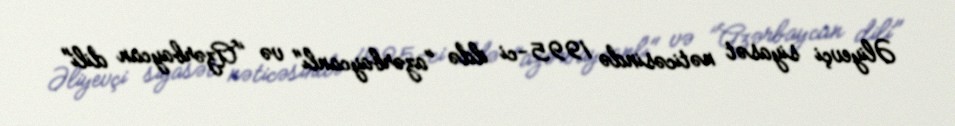
Əliyevçi siyasət nəticəsində 1995-ci ildə "azərbaycanlı" və "Azərbaycan dili"